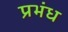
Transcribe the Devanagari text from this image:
प्रभंध